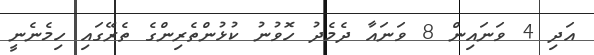
އަދި 4 ވަނައިން 8 ވަނައާ ދެމެދު ހޮވުނު ކުޅުންތެރިންގެ ތެރޭގައި ހިމެނެނީ